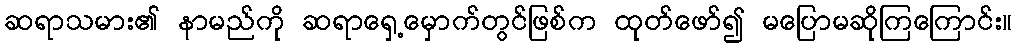
ဆရာသမား၏ နာမည်ကို ဆရာရှေ့မှောက်တွင်ဖြစ်က ထုတ်ဖော်၍ မပြောမဆိုကြကြောင်း။